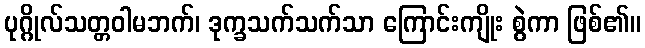
ပုဂ္ဂိုလ်သတ္တဝါမဘက်၊ ဒုက္ခသက်သက်သာ ကြောင်းကျိုး စွဲကာ ဖြစ်၏။